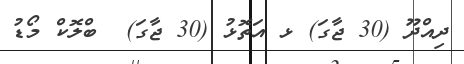
ދިއްދޫ (30 ޖާގަ) ޅ އަތޮޅު (30 ޖާގަ)  ބްލޮކް މޯޑު